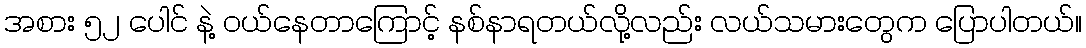
အစား ၅၂ ပေါင် နဲ့ ဝယ်နေတာကြောင့် နစ်နာရတယ်လို့လည်း လယ်သမားတွေက ပြောပါတယ်။